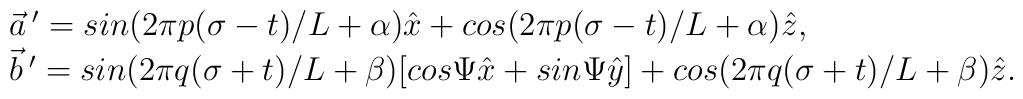
\begin{array}{l}\vec{a}\,' = sin(2\pi p(\sigma-t)/L + \alpha)\hat{x}	   + cos(2\pi p(\sigma-t)/L + \alpha)\hat{z}, \\\vec{b}\,' = sin(2\pi q(\sigma+t)/L + \beta)[cos\Psi \hat{x}	   +sin\Psi \hat{y}] + cos(2\pi q(\sigma+t)/L + \beta)\hat{z}.\end{array}